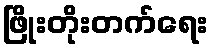
ဖြိုးတိုးတက်ရေး